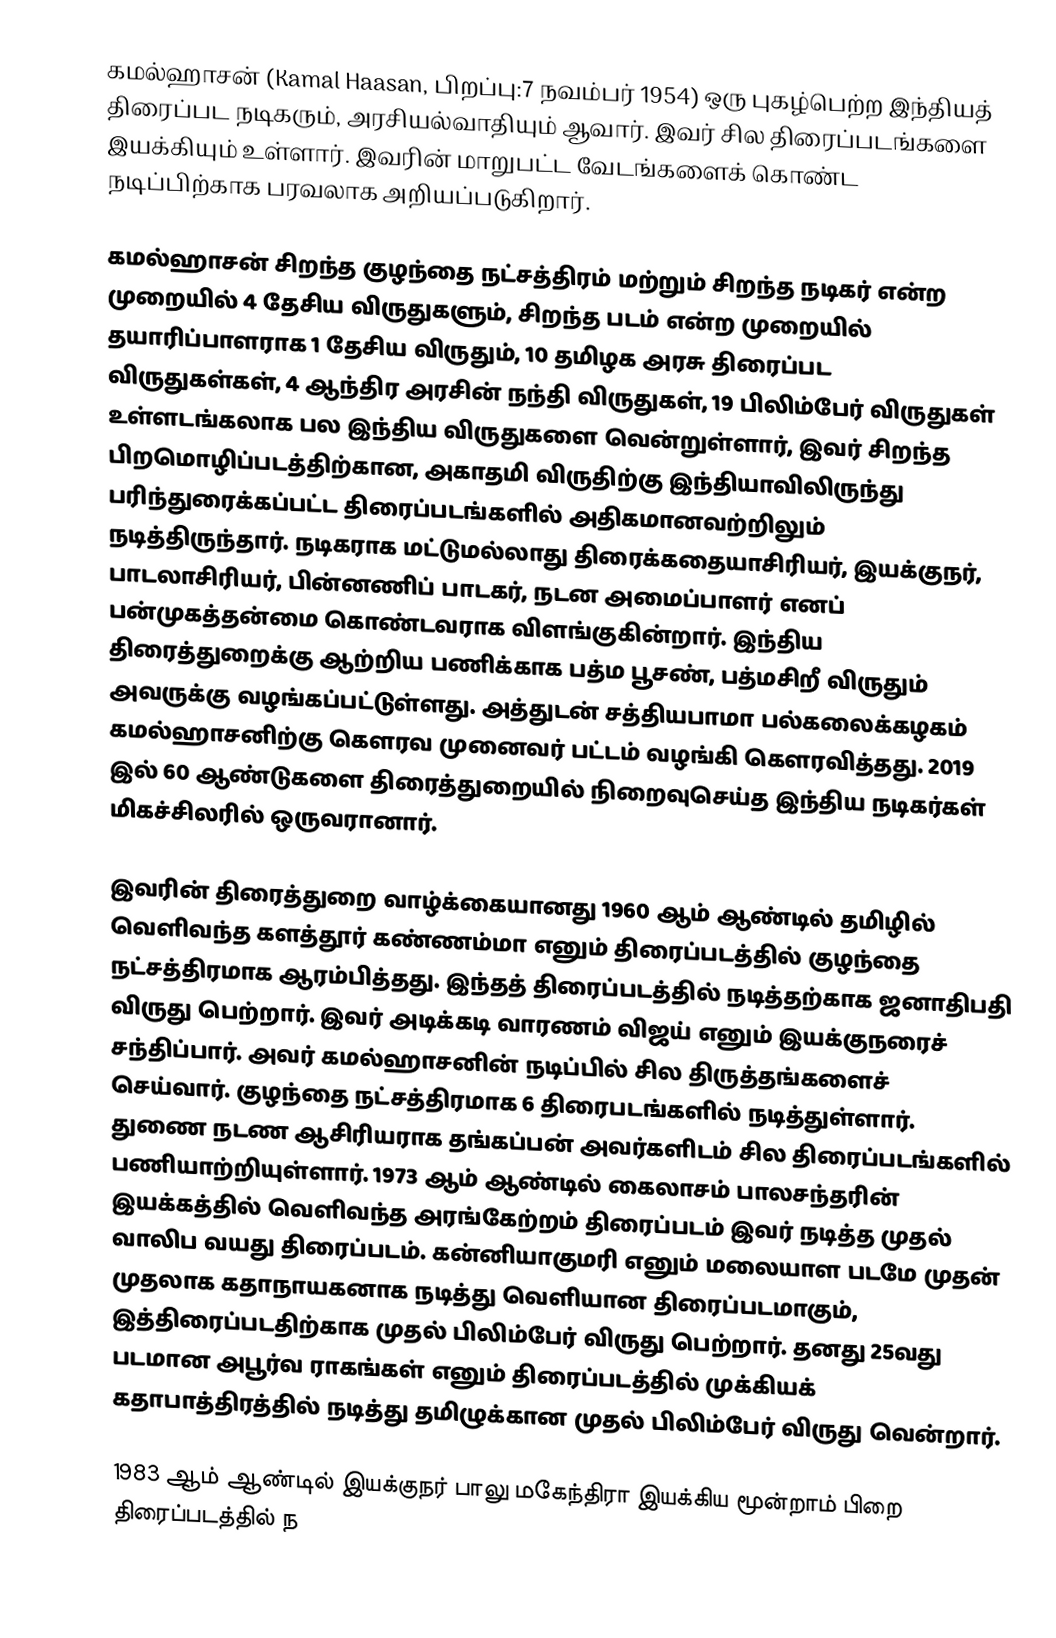
கமல்ஹாசன் (Kamal Haasan, பிறப்பு:7 நவம்பர் 1954) ஒரு புகழ்பெற்ற இந்தியத் திரைப்பட நடிகரும், அரசியல்வாதியும் ஆவார். இவர் சில திரைப்படங்களை இயக்கியும் உள்ளார். இவரின் மாறுபட்ட வேடங்களைக் கொண்ட நடிப்பிற்காக பரவலாக அறியப்படுகிறார்.

கமல்ஹாசன் சிறந்த குழந்தை நட்சத்திரம் மற்றும் சிறந்த நடிகர் என்ற முறையில் 4 தேசிய விருதுகளும், சிறந்த படம் என்ற முறையில் தயாரிப்பாளராக 1 தேசிய விருதும், 10 தமிழக அரசு திரைப்பட விருதுகள்கள், 4 ஆந்திர அரசின் நந்தி விருதுகள், 19 பிலிம்பேர் விருதுகள் உள்ளடங்கலாக பல இந்திய விருதுகளை வென்றுள்ளார், இவர் சிறந்த பிறமொழிப்படத்திற்கான, அகாதமி விருதிற்கு இந்தியாவிலிருந்து பரிந்துரைக்கப்பட்ட திரைப்படங்களில் அதிகமானவற்றிலும் நடித்திருந்தார். நடிகராக மட்டுமல்லாது திரைக்கதையாசிரியர், இயக்குநர், பாடலாசிரியர், பின்னணிப் பாடகர், நடன அமைப்பாளர் எனப் பன்முகத்தன்மை கொண்டவராக விளங்குகின்றார். இந்திய திரைத்துறைக்கு ஆற்றிய பணிக்காக பத்ம பூசண், பத்மசிறீ விருதும் அவருக்கு வழங்கப்பட்டுள்ளது. அத்துடன் சத்தியபாமா பல்கலைக்கழகம் கமல்ஹாசனிற்கு கௌரவ முனைவர் பட்டம் வழங்கி கௌரவித்தது. 2019 இல் 60 ஆண்டுகளை திரைத்துறையில் நிறைவுசெய்த இந்திய நடிகர்கள் மிகச்சிலரில் ஒருவரானார்.

இவரின் திரைத்துறை வாழ்க்கையானது 1960 ஆம் ஆண்டில் தமிழில் வெளிவந்த களத்தூர் கண்ணம்மா எனும் திரைப்படத்தில் குழந்தை நட்சத்திரமாக ஆரம்பித்தது. இந்தத் திரைப்படத்தில் நடித்தற்காக ஜனாதிபதி விருது பெற்றார். இவர் அடிக்கடி வாரணம் விஜய் எனும் இயக்குநரைச் சந்திப்பார். அவர் கமல்ஹாசனின் நடிப்பில் சில திருத்தங்களைச் செய்வார். குழந்தை நட்சத்திரமாக 6 திரைபடங்களில் நடித்துள்ளார். துணை நடண ஆசிரியராக தங்கப்பன் அவர்களிடம் சில திரைப்படங்களில் பணியாற்றியுள்ளார். 1973 ஆம் ஆண்டில் கைலாசம் பாலசந்தரின் இயக்கத்தில் வெளிவந்த அரங்கேற்றம் திரைப்படம் இவர் நடித்த முதல் வாலிப வயது திரைப்படம். கன்னியாகுமரி எனும் மலையாள படமே முதன் முதலாக கதாநாயகனாக நடித்து வெளியான திரைப்படமாகும், இத்திரைப்படதிற்காக முதல் பிலிம்பேர் விருது பெற்றார். தனது 25வது படமான அபூர்வ ராகங்கள் எனும் திரைப்படத்தில் முக்கியக் கதாபாத்திரத்தில் நடித்து தமிழுக்கான முதல் பிலிம்பேர் விருது வென்றார்.

1983 ஆம் ஆண்டில் இயக்குநர் பாலு மகேந்திரா இயக்கிய மூன்றாம் பிறை திரைப்படத்தில் ந